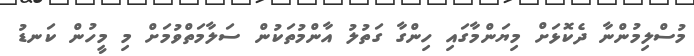
މުސްލިމުންނާ ދެކޮޅަށް މިޔަންމާގައި ހިންގާ ގަތުލު އާންމުތަކުން ސަލާމަތްވުމަށް މި މީހުން ކަނޑު